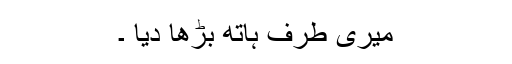
میری طرف ہاتھ بڑھا دیا ۔